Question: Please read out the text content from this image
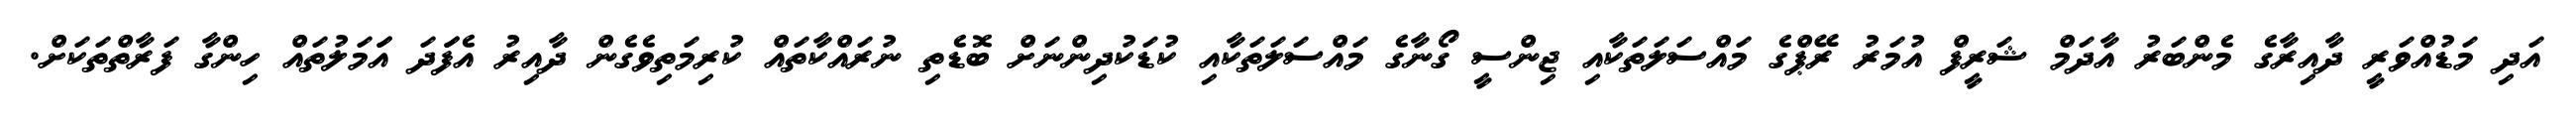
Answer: އަދި މަޑުއްވަރީ ދާއިރާގެ މެންބަރު އާދަމް ޝަރީފް އުމަރު ރޭޕްގެ މައްސަލަތަކާއި ޖިންސީ ގޯނާގެ މައްސަލަތަކާއި ކުޑަކުދިންނަށް ބޮޑެތި ނުރައްކާތައް ކުރިމަތިވެގެން ދާއިރު އެފަަދަ އަަމަލުތައް ހިންގާ ފަރާތްތަކަށް.